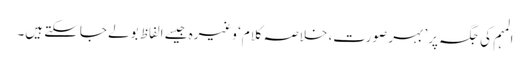
المہم کی جگہ پر’ بہر صورت، خلاصہ کلام‘ وغیرہ جیسے الفاظ بولے جاسکتے ہیں۔